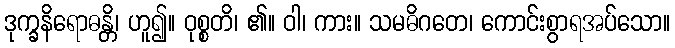
ဒုက္ခနိရောဓန္တိ၊ ဟူ၍။ ဝုစ္စတိ၊ ၏။ ဝါ၊ ကား။ သမဓိဂတေ၊ ကောင်းစွာရအပ်သော။